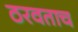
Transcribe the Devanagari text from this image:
ठरवताच